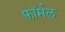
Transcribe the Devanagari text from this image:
फ़ॉर्मल्